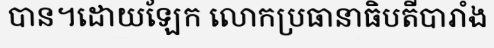
បាន។ដោយឡែក លោកប្រធានាធិបតីបារាំង